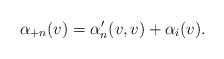
\begin{align*} \alpha_{+n}(v)=\alpha'_n(v,v)+\alpha_i(v).\end{align*}